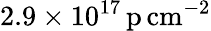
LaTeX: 2.9\times 10^{17}\, \mathrm{p\, cm^{-2}}